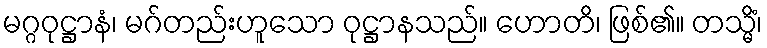
မဂ္ဂဝုဋ္ဌာနံ၊ မဂ်တည်းဟူသော ဝုဋ္ဌာနသည်။ ဟောတိ၊ ဖြစ်၏။ တသ္မိံ၊